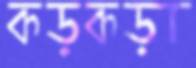
কড়কড়া